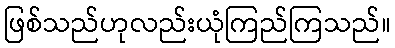
ဖြစ်သည်ဟုလည်းယုံကြည်ကြသည်။